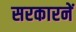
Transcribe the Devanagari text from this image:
सरकारनें